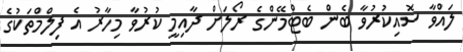
ލައްވާ ސޮއިކުރުވާ ބެން ބެޓްމޭންގެ ރޯލަށް ދާއިމީ ކުރުވާ މިހާރު އެ ފިލްމްތަކުގެ